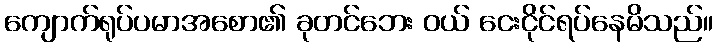
ကျောက်ရုပ်ပမာအစော၏ ခုတင်ဘေး ဝယ် ငေးငိုင်ရပ်နေမိသည်။